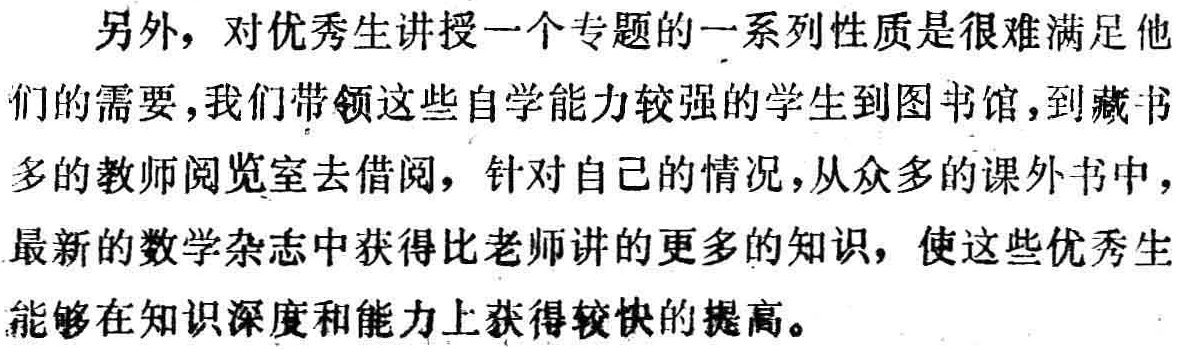
另外，对优秀生讲授一个专题的一系列性质是很难满足他

们的需要，我们带领这些自学能力较强的学生到图书馆，到藏书

多的教师阅览室去借阅，针对自己的情况，从众多的课外书中，

最新的数学杂志中获得比老师讲的更多的知识，使这些优秀生

能够在知识深度和能力上获得较快的提高。